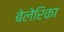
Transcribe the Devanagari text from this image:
बेलेरिका